Scottish Leaving Certificate Examination, 1957
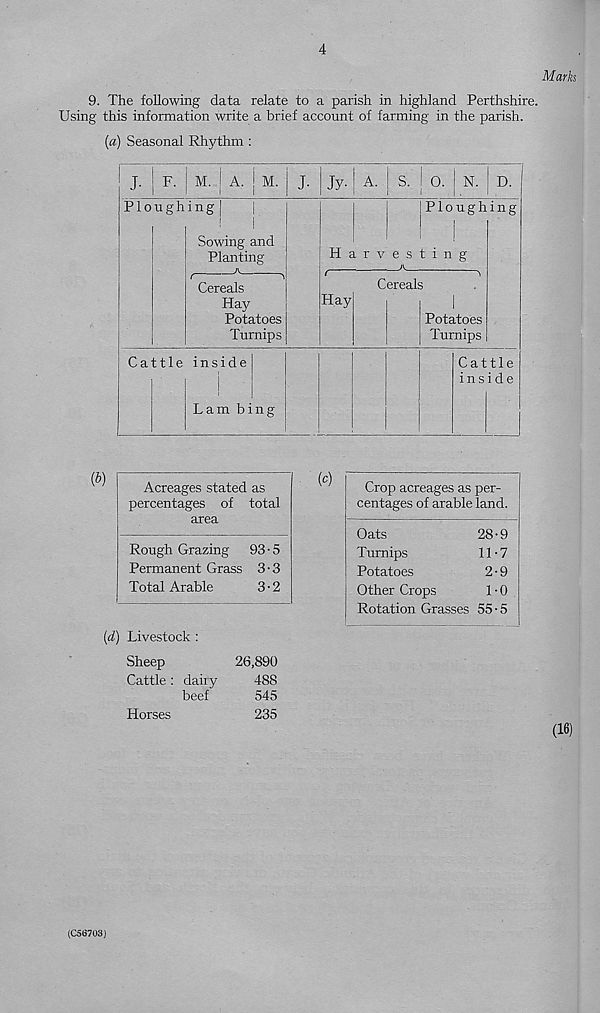
4
Marks
9. The following data relate to a parish in highland Perthshire.
Using this information write a brief account of farming in the parish.
(a) Seasonal Rhythm :
J. | F. M. A. j M. J. | Jy. A. S. I O. N. D.
Ploughing
!
I
Sowing and
Planting
Cereals
Hay
Potatoes
Turnips
■ Ploughing
Harvesting
,
A
Cereals
Hay
Potatoes
Turnips
Cattle inside
Lam bing
Cattle
inside
(t>)
Acreages stated as
percentages of total
area
Rough Grazing 93 • 5
Permanent Grass 3 • 3
Total Arable
3-2
(d) Livestock :
Sheep
26,890
Cattle : dairy
488
beef
545
Horses
235
Crop acreages as per-
centages of arable land.
Oats
28-9
Turnips
11-7
Potatoes
2 ■ 9
Other Crops
1 • 0
Rotation Grasses 55 • 5
(16)
(C56703)